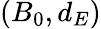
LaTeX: (B_{0},d_{E})